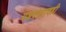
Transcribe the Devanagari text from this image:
यशवंतरावही